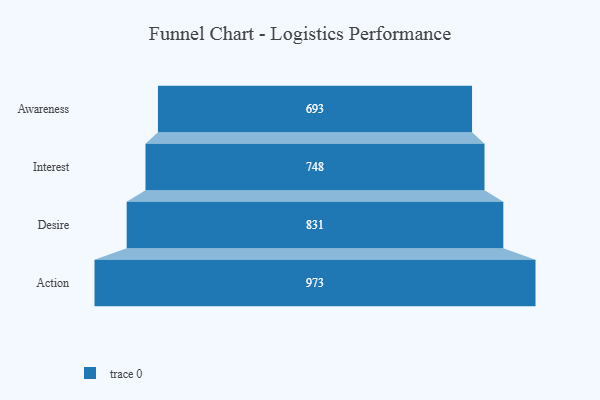
{"axis": {"x": "Stage", "y": "Value"}, "legend": [""], "data": [{"x": "Awareness", "y": 693.0, "type": ""}, {"x": "Interest", "y": 748.0, "type": ""}, {"x": "Desire", "y": 831.0, "type": ""}, {"x": "Action", "y": 973.0, "type": ""}]}